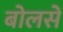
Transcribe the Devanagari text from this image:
बोलसें